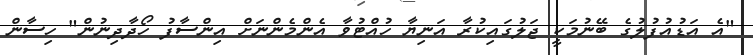
"އެ އަޑުއުފުލުގެ ބޭނުމަކީ ޖަލުގައިކުރާ އަނިޔާ ހުއްޓުވާ އެންމެންނަށް އިންސާފު ހޯދާދިނުން" ހިސާން